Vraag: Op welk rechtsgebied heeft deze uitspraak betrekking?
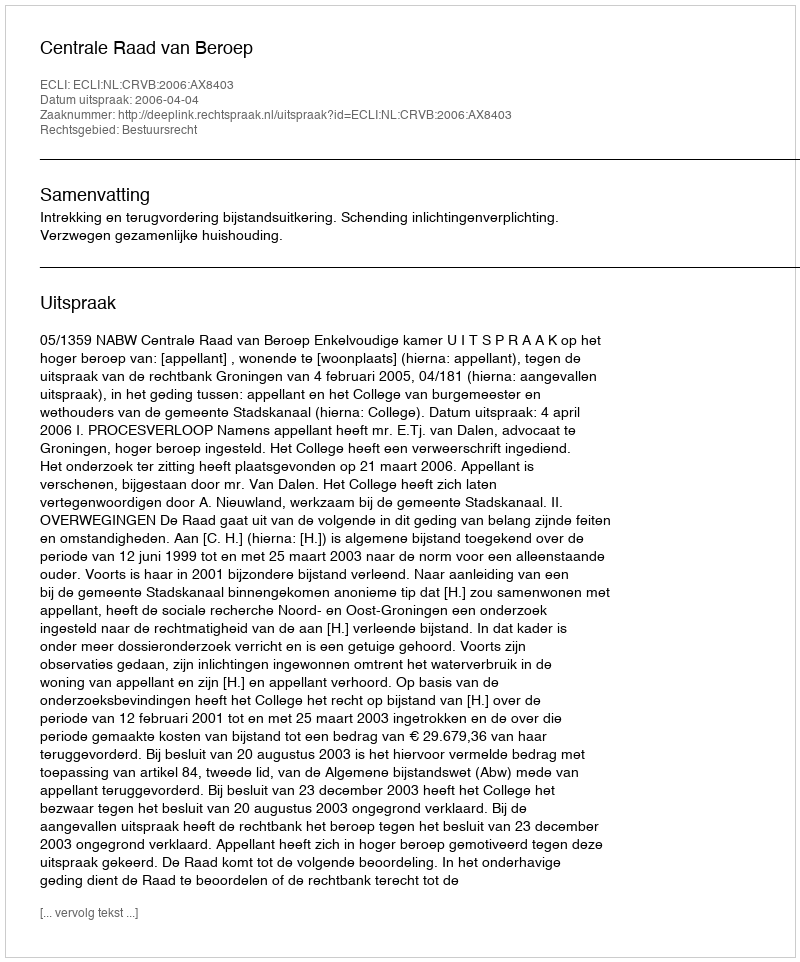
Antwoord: Bestuursrecht